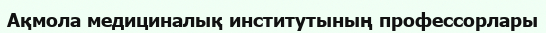
Ақмола медициналық институтының профессорлары